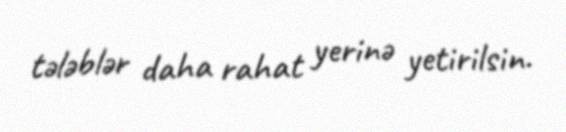
tələblər daha rahat yerinə yetirilsin.